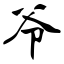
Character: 爷